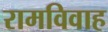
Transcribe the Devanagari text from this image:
रामविवाह